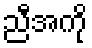
ညီအကို